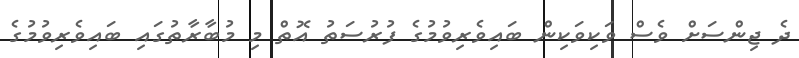
ދެ ޖިންސަށް ވެސް ވަކިވަކިން ބައިވެރިވުމުގެ ފުރުސަތު އޮތް މި މުބާރާތުގައި ބައިވެރިވުމުގެ